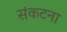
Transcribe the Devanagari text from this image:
संकटना